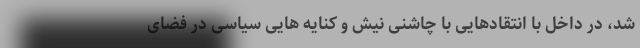
شد، در داخل با انتقادهایی با چاشنی نیش و کنایه هایی سیاسی در فضای